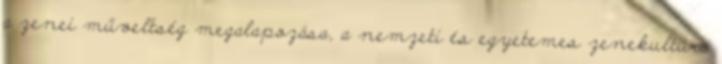
a zenei műveltség megalapozása, a nemzeti és egyetemes zenekultúra